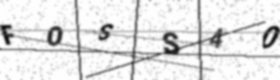
Text: FOSS40